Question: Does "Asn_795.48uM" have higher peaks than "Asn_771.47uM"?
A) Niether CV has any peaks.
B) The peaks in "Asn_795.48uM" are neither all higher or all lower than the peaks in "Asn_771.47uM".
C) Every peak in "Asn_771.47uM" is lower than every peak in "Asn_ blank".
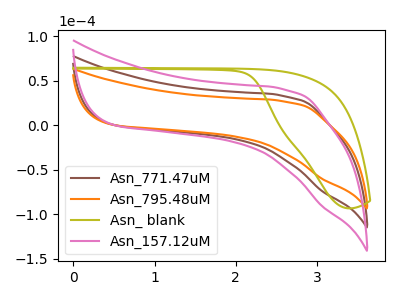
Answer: <think>The brown curve "Asn_771.47uM" has no peaks. The orange curve "Asn_795.48uM" has no peaks. The olive curve "Asn_ blank" has no peaks. The pink curve "Asn_157.12uM" has no peaks.</think>
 <answer>A) Niether CV has any peaks.</answer>
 <eval>A</eval>